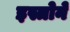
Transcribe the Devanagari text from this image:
इस्त्रोने